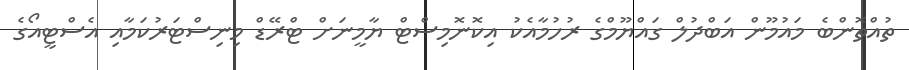
ތުއްތޮންބެ މައުމޫން އަބްދުލް ގައްޔޫމްގެ ރުހުމާއެކު އިކޮނޮމިސްޓް ޔާމީނަށް ޓްރޭޑް މިނިސްޓަރުކަމާއި އެސްޓީއޯގެ